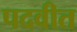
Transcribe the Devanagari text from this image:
पदवीत